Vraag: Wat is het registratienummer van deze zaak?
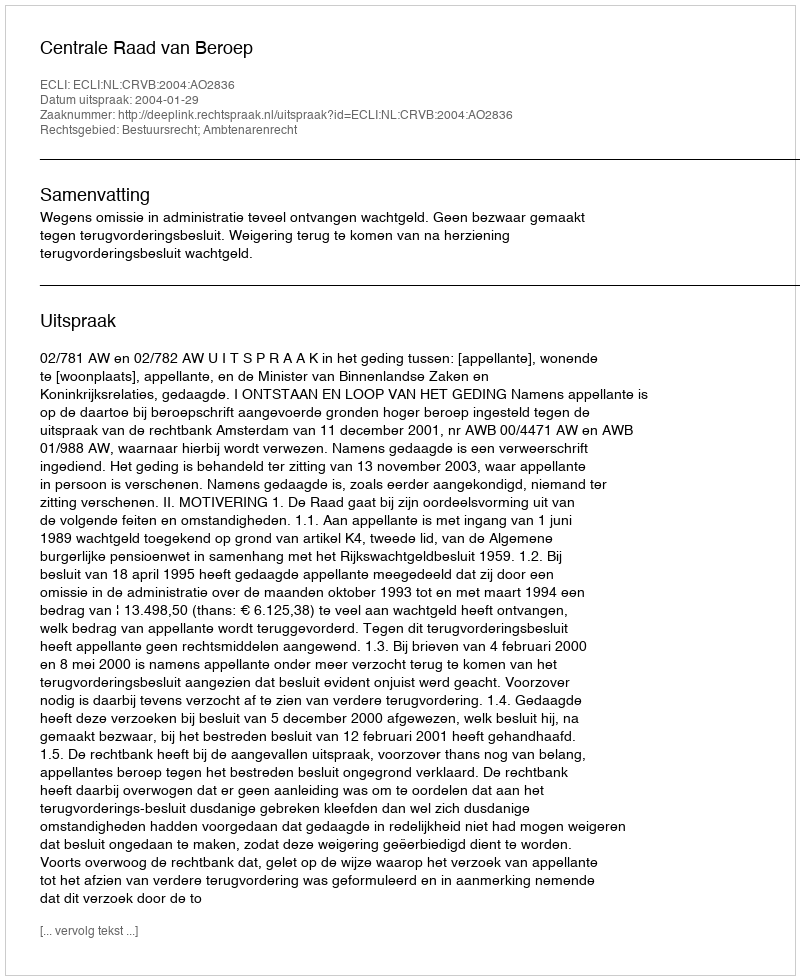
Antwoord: http://deeplink.rechtspraak.nl/uitspraak?id=ECLI:NL:CRVB:2004:AO2836